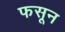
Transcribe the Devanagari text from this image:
फसून